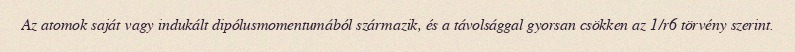
Az atomok saját vagy indukált dipólusmomentumából származik, és a távolsággal gyorsan csökken az 1/r6 törvény szerint.